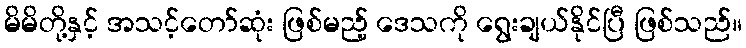
မိမိတို့နှင့် အသင့်တော်ဆုံး ဖြစ်မည့် ဒေသကို ရွေးချယ်နိုင်ပြီ ဖြစ်သည်။